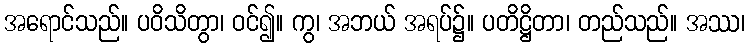
အရောင်သည်။ ပဝိသိတွာ၊ ဝင်၍။ ကွ၊ အဘယ် အရပ်၌။ ပတိဋ္ဌိတာ၊ တည်သည်။ အဿ၊